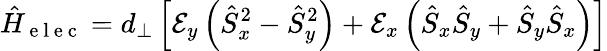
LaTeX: \hat{H}_{\mathrm{~e~l~e~c~}}=d_{\perp}\left[\mathcal{E}_{y}\left(\hat{S}_{x}^{2}-\hat{S}_{y}^{2}\right)+\mathcal{E}_{x}\left(\hat{S}_{x}\hat{S}_{y}+\hat{S}_{y}\hat{S}_{x}\right)\right]